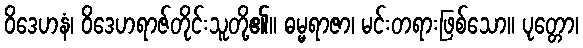
ဝိဒေဟနံ၊ ဝိဒေဟရာဇ်တိုင်းသူတို့၏။ ဓမ္မရာဇာ၊ မင်းတရားဖြစ်သော။ ပုတ္တော၊